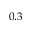
0 . 3